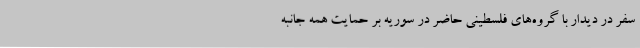
سفر در دیدار با گروه‌های فلسطینی حاضر در سوریه بر حمایت همه جانبه